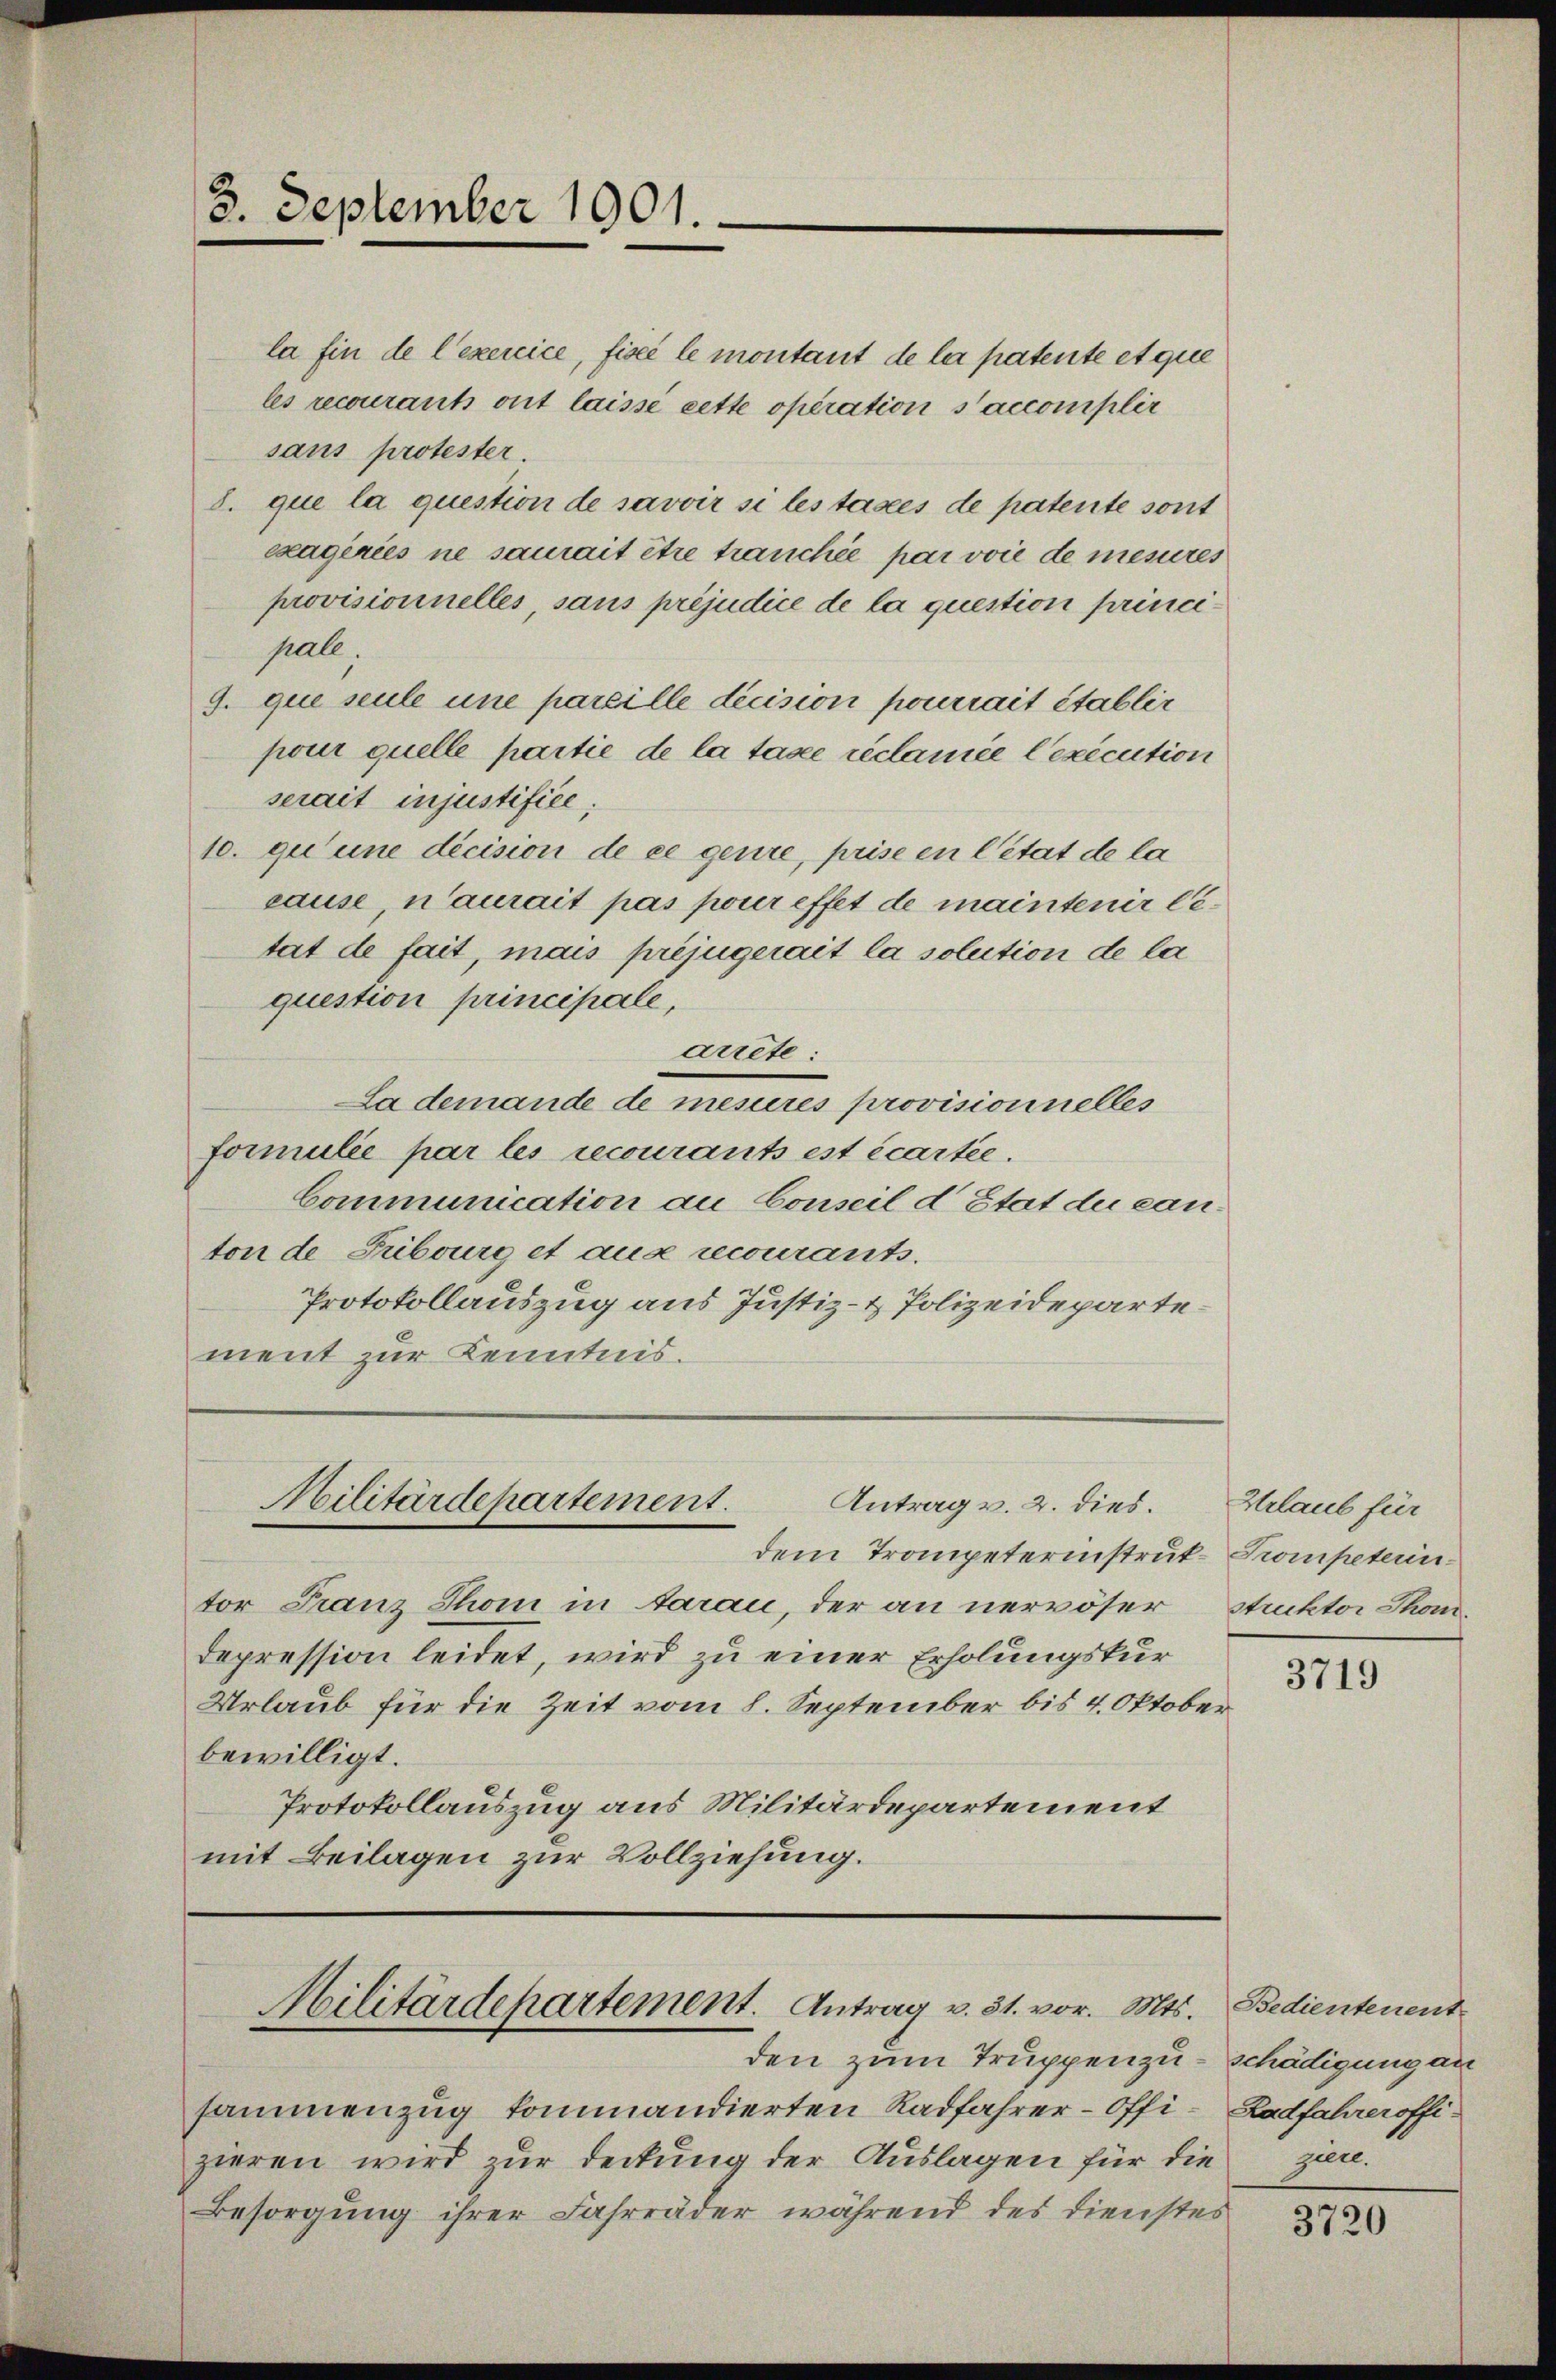
8. September 1901.

la fin de l’exercice, fisci le montant de la patente et que
les recourants ont laissé cette opération s’accomplir
sans protester.
8. que la question de savoir si les taxes de patente sont
exagiries ne samait être trauchée par voie de mesures
provisionnelles, sans préjudice de la question principall.
9. que seule une pareille dicision pourrait établir
pour quelle partie de la taxe réclamée l’exécution
serait injustifiée,
10. qu’une décision de ce genre, prise en Citat de la
cause, n’aurait pas pour effet de maintenir letat de fait, mais préjugerait la solution de la
question principale,
arrete:
La demande de mesures provisionnelles
formulie par les recourants est écartee.
Communication au Conseil d’Etat der Canton de Fribourg et aus recourants.
Protokollauszug aus Justiz- & Polizeidepartement zur Kenntnis.

Militärdepartement.
Antrag v. 2. dies.

Militärdepartement. Antrag v. 31. vor. Mts. Bedientenent

dem Trompeterinstruk- Trompeterintor Franz Thom in Aarau, der an nervöser
Depression leidet, wird zu einer Erholungskur¬
Urlaub für die Zeit vom 8. September bis 4. Oktober
bewilligt.
Protokollauszug aus Militärdepartement
mit Beilagen zur Vollziehung.

den zum Truppenzuschädigung an

sammenzug kommandierten Radfahrer-Offi- Radfahreroffi-
zieren wird zur Deckung der Auslagen für die zin
Besorgung ihrer Fahrräder während des Dienstes

Urlaub für
Struktor Thom.

3719

3720